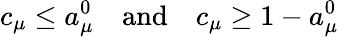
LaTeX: c_{\mu}\leq a_{\mu}^{0}\quad\mathrm{and}\quad c_{\mu}\geq 1-a_{\mu}^{0}